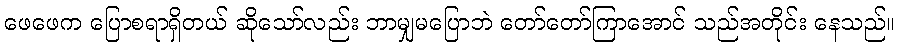
ဖေဖေက ပြောစရာရှိတယ် ဆိုသော်လည်း ဘာမျှမပြောဘဲ တော်တော်ကြာအောင် သည်အတိုင်း နေသည်။